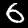
Label: 6